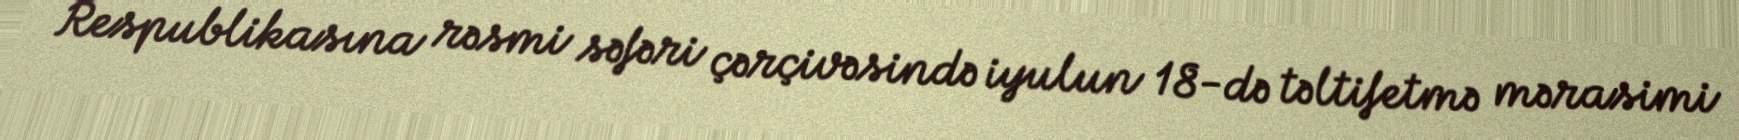
Respublikasına rəsmi səfəri çərçivəsində iyulun 18-də təltifetmə mərasimi